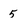
Character: 5